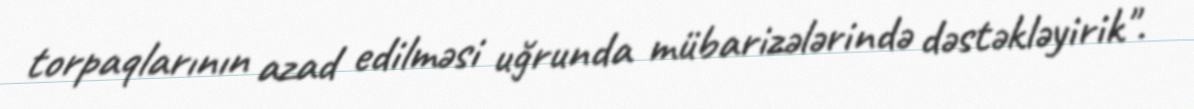
torpaqlarının azad edilməsi uğrunda mübarizələrində dəstəkləyirik".